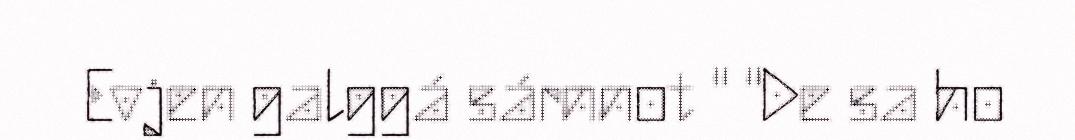
Evjen galggá sárnnot " "De sa ho